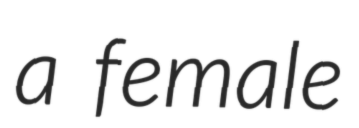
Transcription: a female